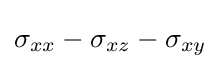
\sigma _{xx}-\sigma _{xz}-\sigma _{xy}